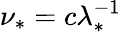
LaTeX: \nu_{\ast}=c\lambda_{\ast}^{-1}